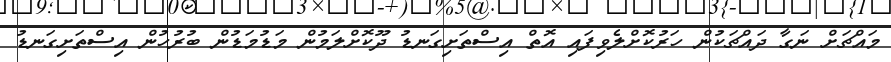
މައްޗަށް ނަގާ ދައްޗަކުން ހަރުކޮށްލެވިފައި އޮތް އިސްތަށިގަނޑު ދޫކޮށްލަމުން މަޑުމަޑުން ބުރުހުން އިސްތަށިގަނޑު